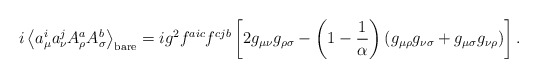
\begin{align*}i\left< a_\mu^i a_\nu^j A_\rho^a A_\sigma^b\right>_{\rm bare} =ig^2f^{aic}f^{cjb} \left[2g_{\mu\nu}g_{\rho\sigma} -\left(1-\frac1\alpha\right) (g_{\mu\rho}g_{\nu\sigma}+g_{\mu\sigma}g_{\nu\rho})\right] .\end{align*}